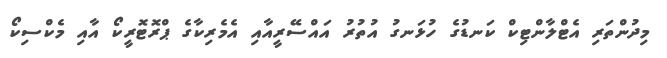
މިދުންތަރި އެޓްލާންޓިކް ކަނޑުގެ ހުޅަނގު އުތުރު އައްސޭރީއާއި އެމެރިކާގެ ޕްރޮޓޮރީކޯ އާއި މެކްސިކޯ